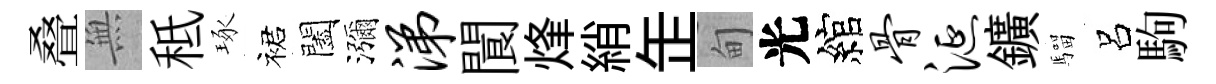
叠𭴾秪琢裙闔瀰涕閬烽綃𦈢甸光綰骨涎鑛騮呂駒